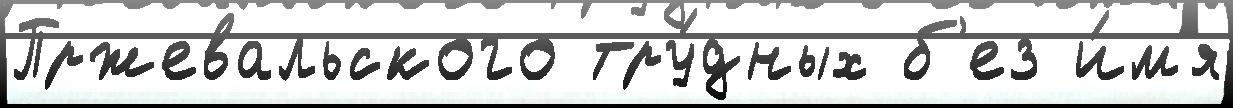
Пржевальского тру́дных б'ез и́м'я